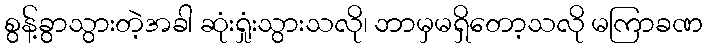
စွန့်ခွာသွားတဲ့အခါ ဆုံးရှုံးသွားသလို၊ ဘာမှမရှိတော့သလို မကြာခဏ